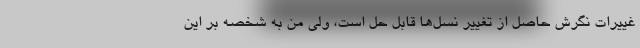
غییرات نگرش حاصل از تغییر نسل‌ها قابل حل است، ولی من به شخصه بر این